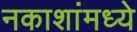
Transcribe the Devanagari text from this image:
नकाशांमध्ये